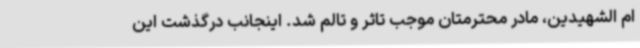
ام الشهیدین، مادر محترمتان موجب تاثر و تالم شد. اینجانب درگذشت این